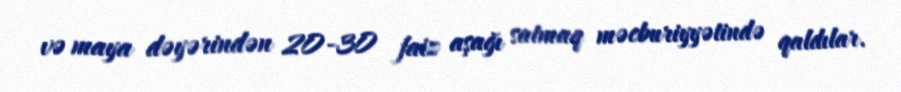
və maya dəyərindən 20-30 faiz aşağı satmaq məcburiyyətində qaldılar.